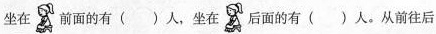
坐在 前面的有()人，坐在 后面的有()人。从前往后